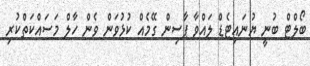
ބޯލްޓް ބުނީ ޔުނައިޓެޑް ލައްވާ ޕާސިން ގޭމެއް ކުޅުވަން ވެން ހާލް މަސައްކަތްކުރި